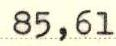
85,61